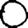
Digit: 0